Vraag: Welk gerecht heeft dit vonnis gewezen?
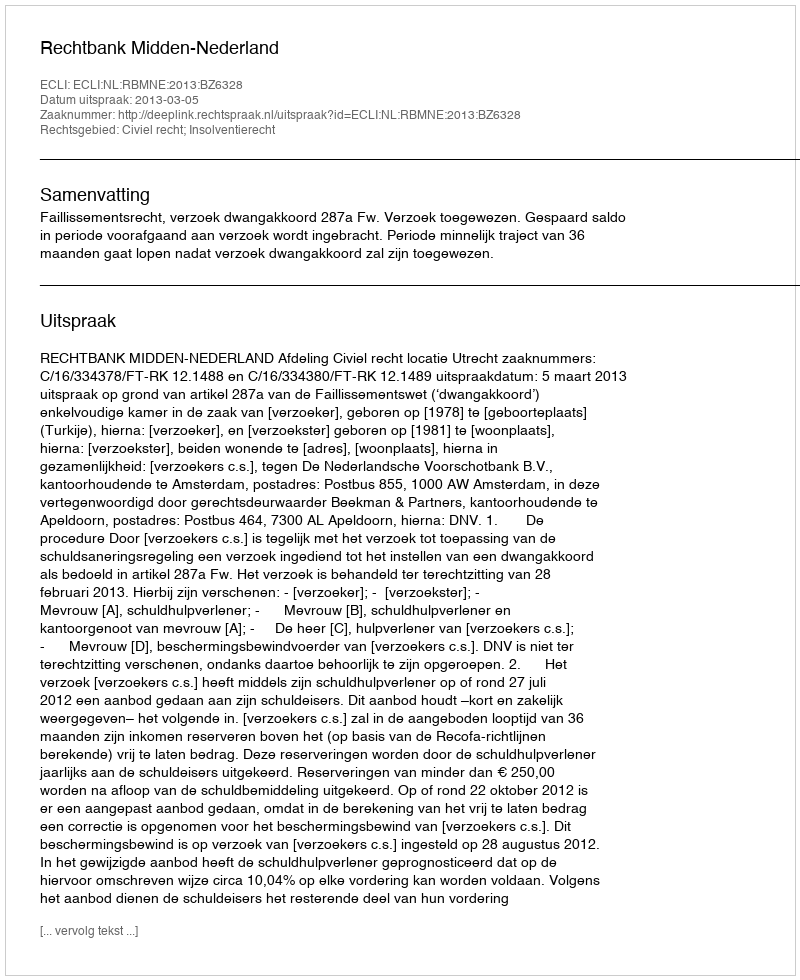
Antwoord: Rechtbank Midden-Nederland